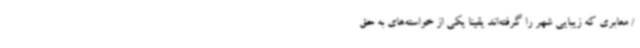
/ معابری که زیبایی شهر را گرفته‌اند یقینا یکی از خواسته‌های به حق